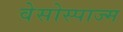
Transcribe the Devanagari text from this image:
वेसोस्पाज्म